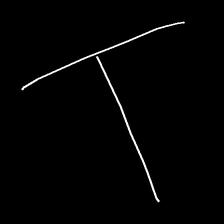
Glyph: column